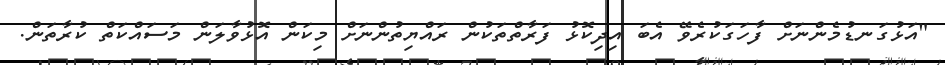
"އަޅުގަނޑުމެންނަށް ފާހަގަކުރެވޭ އެބަ އިދިކޮޅު ފަރާތްތަކުން ރައްޔިތުންނަށް މިކަން އޮޅުވާލަން މަސައްކަތް ކުރާތަން.